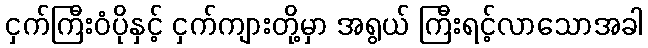
ငှက်ကြီးဝံပိုနှင့် ငှက်ကျားတို့မှာ အရွယ် ကြီးရင့်လာသောအခါ